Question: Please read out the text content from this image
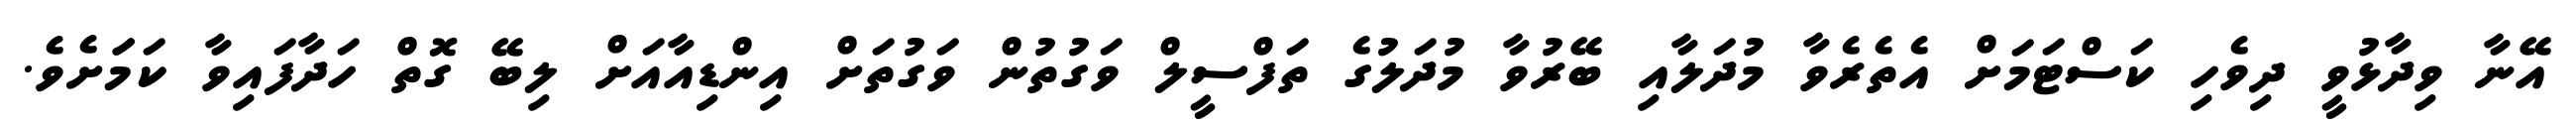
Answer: އޭނާ ވިދާޅުވީ ދިވެހި ކަސްޓަމަށް އެތެރެވާ މުދަލާއި ބޭރުވާ މުދަލުގެ ތަފްސީލް ވަގުތުން ވަގުތަށް އިންޑިއާއަށް ލިބޭ ގޮތް ހަދާފައިވާ ކަމަަށެވެ.